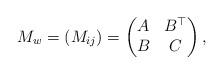
LaTeX: \begin{align*} M_w = (M_{ij}) = \begin{pmatrix} A & B^\top \\ B & C \end{pmatrix},\end{align*}